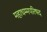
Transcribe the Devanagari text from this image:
महाधम्मपरिषद